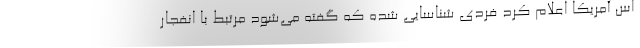
اس آمریکا اعلام کرد فردی شناسایی شده که گفته می‌شود مرتبط با انفجار